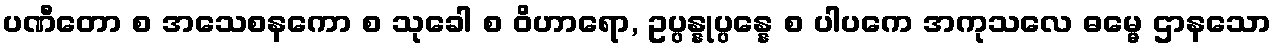
ပဏီတော စ အသေစနကော စ သုခေါ စ ဝိဟာရော, ဥပ္ပန္နုပ္ပန္နေ စ ပါပကေ အကုသလေ ဓမ္မေ ဌာနသော